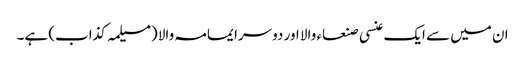
ان میں سے ایک عنسی صنعاء والا اور دوسرا یمامہ والا (مسیلمہ کذاب) ہے۔